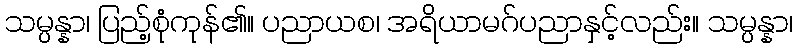
သမ္ပန္နာ၊ ပြည့်စုံကုန်၏။ ပညာယစ၊ အရိယာမဂ်ပညာနှင့်လည်း။ သမ္ပန္နာ၊